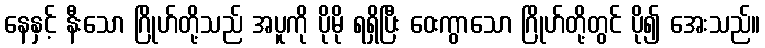
နေနှင့် နီးသော ဂြိုဟ်တို့သည် အပူကို ပိုမို ရရှိပြီး ဝေးကွာသော ဂြိုဟ်တို့တွင် ပို၍ အေးသည်။